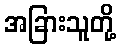
အခြားသူတို့